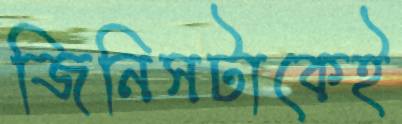
জিনিসটাকেই